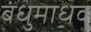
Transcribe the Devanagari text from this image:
बंधुमाधव